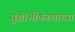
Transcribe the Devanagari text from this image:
सुशोभीकरणाच्या